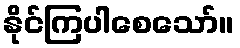
နိုင်ကြပါစေသော်။